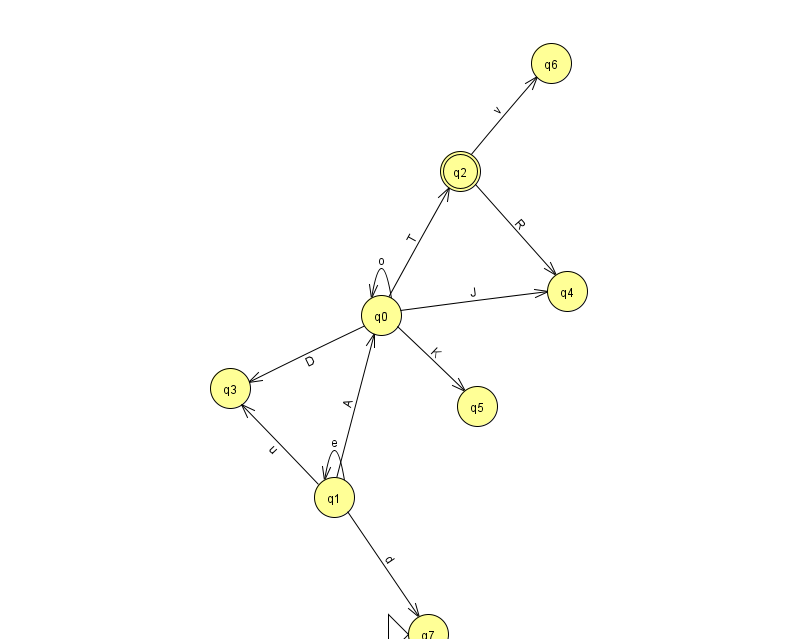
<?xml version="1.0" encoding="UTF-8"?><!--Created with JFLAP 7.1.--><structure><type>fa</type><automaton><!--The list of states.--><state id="0" name="q0"><x>381.0</x><y>302.0</y></state><state id="1" name="q1"><x>334.0</x><y>484.0</y></state><state id="2" name="q2"><x>460.0</x><y>158.0</y><final/></state><state id="3" name="q3"><x>230.0</x><y>375.0</y></state><state id="4" name="q4"><x>567.0</x><y>278.0</y></state><state id="5" name="q5"><x>477.0</x><y>393.0</y></state><state id="6" name="q6"><x>551.0</x><y>50.0</y></state><state id="7" name="q7"><x>428.0</x><y>621.0</y><initial/></state><!--The list of transitions.--><transition><from>1</from><to>0</to><read>A</read></transition><transition><from>1</from><to>1</to><read>e</read></transition><transition><from>2</from><to>6</to><read>v</read></transition><transition><from>0</from><to>3</to><read>D</read></transition><transition><from>1</from><to>3</to><read>u</read></transition><transition><from>0</from><to>2</to><read>T</read></transition><transition><from>0</from><to>4</to><read>J</read></transition><transition><from>1</from><to>7</to><read>d</read></transition><transition><from>0</from><to>5</to><read>K</read></transition><transition><from>2</from><to>4</to><read>R</read></transition><transition><from>0</from><to>0</to><read>o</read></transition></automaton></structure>